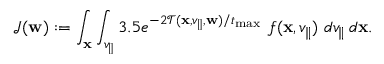
\mathcal { J } ( \mathbf { w } ) : = \int _ { \mathbf { x } } \int _ { v _ { \parallel } } 3 . 5 e ^ { - 2 \mathcal { T } ( \mathbf { x } , v _ { \parallel } , \mathbf { w } ) / t _ { \operatorname* { m a x } } } \, \, f ( \mathbf { x } , v _ { \parallel } ) \, \, d v _ { \parallel } \, d \mathbf { x } .